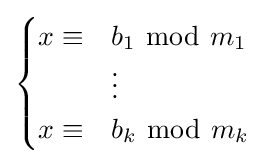
{\begin{cases}x\equiv &b_{1}\ {\bmod {\ }}m_{1}\\&\vdots \\x\equiv &b_{k}\ {\bmod {\ }}m_{k}\\\end{cases}}